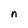
Character: n